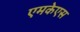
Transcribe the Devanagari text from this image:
एमकेएस